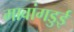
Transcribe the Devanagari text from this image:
मावांगडुई